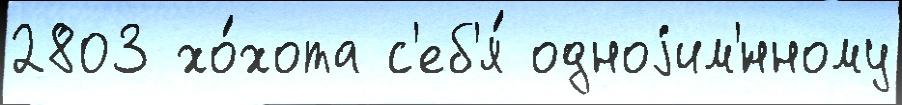
2803 хо́хота с'еб'я́ одноjим'́нному